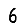
Digit: 6